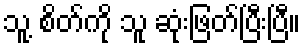
သူ့ စိတ်ကို သူ ဆုံးဖြတ်ပြီးပြီ။